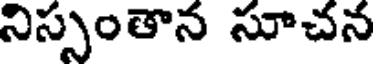
నిస్సంతాన సూచన